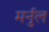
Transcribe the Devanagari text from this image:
मर्नुल